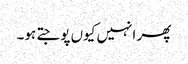
پھر انہیں کیوں پوجتے ہو۔